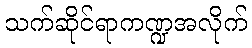
သက်ဆိုင်ရာကဏ္ဍအလိုက်